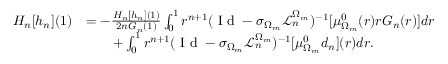
\begin{array} { r l } { H _ { n } [ h _ { n } ] ( 1 ) } & { = - \frac { H _ { n } [ h _ { n } ] ( 1 ) } { 2 n G _ { n } ( 1 ) } \int _ { 0 } ^ { 1 } r ^ { n + 1 } ( \textnormal { I d } - \sigma _ { \Omega _ { m } } \mathcal { L } _ { n } ^ { \Omega _ { m } } ) ^ { - 1 } [ \mu _ { \Omega _ { m } } ^ { 0 } ( r ) r G _ { n } ( r ) ] d r } \\ & { \qquad + \int _ { 0 } ^ { 1 } r ^ { n + 1 } ( \textnormal { I d } - \sigma _ { \Omega _ { m } } \mathcal { L } _ { n } ^ { \Omega _ { m } } ) ^ { - 1 } [ \mu _ { \Omega _ { m } } ^ { 0 } d _ { n } ] ( r ) d r . } \end{array}